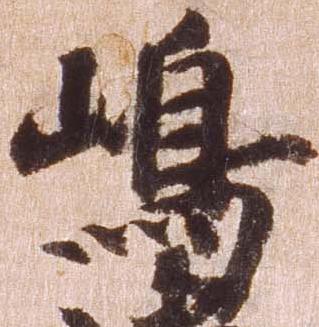
島